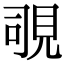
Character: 覗